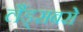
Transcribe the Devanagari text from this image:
लैंड्सबरो